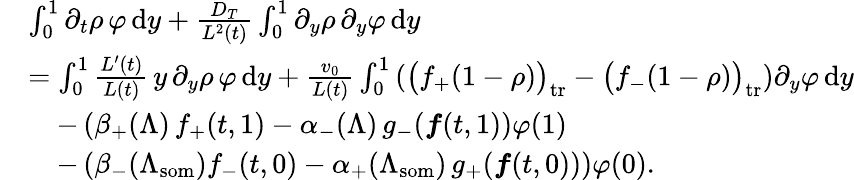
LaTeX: \begin{array}{rl}&{\int_{0}^{1}\partial_{t}\rho\, \varphi\, \textup{d}y+\frac{D_{T}}{L^{2}(t)}\int_{0}^{1}\partial_{y}\rho\, \partial_{y}\varphi\, \textup{d}y}\\ &{=\int_{0}^{1}\frac{L^{\prime}(t)}{L(t)}\, y\, \partial_{y}\rho\, \varphi\, \textup{d}y+\frac{v_{0}}{L(t)}\int_{0}^{1}\left(\bigl(f_{+}(1-\rho)\bigr)_{\mathrm{tr}}-\bigl(f_{-}(1-\rho)\bigr)_{\mathrm{tr}}\right)\partial_{y}\varphi\, \textup{d}y}\\ &{\quad-\left(\beta_{+}(\Lambda)\, f_{+}(t,1)-\alpha_{-}(\Lambda)\, g_{-}(\boldsymbol{f}(t,1)\right)\varphi(1)}\\ &{\quad-\left(\beta_{-}(\Lambda_{\textup{som}})f_{-}(t,0)-\alpha_{+}(\Lambda_{\mathrm{som}})\, g_{+}(\boldsymbol{f}(t,0))\right)\varphi(0).}\end{array}